[Report on the health of British troops in the Madras command]
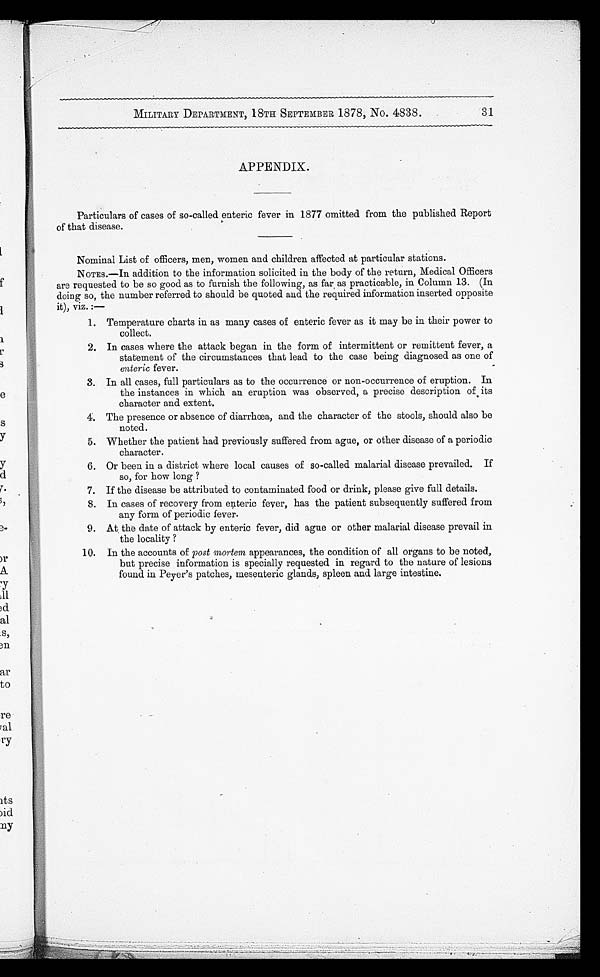
MILITARY DEPARTMENT, 18TH SEPTEMBER 1878, No. 4838.
APPENDIX.
Particulars of cases of so-called enteric fever in 1877 omitted from the published Report
of that disease.
Nominal List of officers, men, women and children affected at particular stations.
NOTES.—In addition to the information solicited in the body of the return, Medical Officers
are requested to be so good as to furnish the following, as far as practicable, in Column 13. (In
doing so, the number referred to should be quoted and the required information inserted opposite
it), viz. :—
1. Temperature charts in as many cases of enteric fever as it may be in their power to
collect.
2. In cases where the attack began in the form of intermittent or remittent fever, a
statement of the circumstances that lead to the case being diagnosed as one of
enteric fever.
3. In all cases, full particulars as to the occurrence or non-occurrence of eruption. In
the instances in which an eruption was observed, a precise description of its
character and extent.
4. The presence or absence of diarrhœa, and the character of the stools, should also be
noted.
5. Whether the patient had previously suffered from ague, or other disease of a periodic
character.
6. Or been in a district where local causes of so-called malarial disease prevailed. If
so, for how long ?
7. If the disease be attributed to contaminated food or drink, please give full details.
8. In cases of recovery from enteric fever, has the patient subsequently suffered from
any form of periodic fever.
9. At the date of attack by enteric fever, did ague or other malarial disease prevail in
the locality ?
10. In the accounts of post mortem appearances, the condition of all organs to be noted,
but precise information is specially requested in regard to the nature of lesions
found in Peyer's patches, mesenteric glands, spleen and large intestine.
31